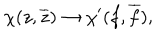
LaTeX: { \chi } ( z , \overline { { { z } } } ) \rightarrow { \chi } ^ { \prime } ( f , \overline { { { f } } } ) , \quad